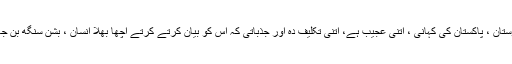
یہ ہندوستان ، پاکستان کی کہانی ، اتنی عجیب ہے، اتنی تکلیف دہ اور جذباتی کہ اس کو بیان کرتے کرتے اچھا بھلا انسان ، بشن سنگھ بن جاتا ہے۔